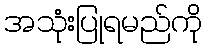
အသုံးပြုရမည်ကို